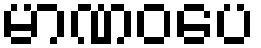
မာဏဝပေ